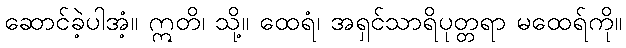
ဆောင်ခဲ့ပါအံ့။ ဣတိ၊ သို့။ ထေရံ၊ အရှင်သာရိပုတ္တရာ မထေရ်ကို။